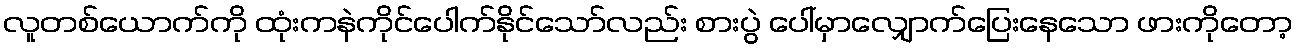
လူတစ်ယောက်ကို ထုံးကနဲကိုင်ပေါက်နိုင်သော်လည်း စားပွဲ ပေါ်မှာလျှောက်ပြေးနေသော ဖားကိုတော့